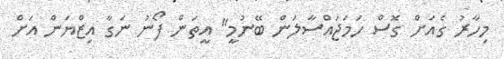
މިހާރު ގެއަށް ގޮސް ހަމަޖައްސާލަން ބޭނުމީ" އީތަން ފޯނު ނަގާ އިޒްޔަން އަށް